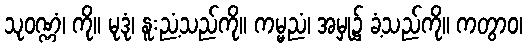
သုဝဏ္ဏံ၊ ကို။ မုဒုံ၊ နူးညံ့သည်ကို။ ကမ္မညံ၊ အမှု၌ ခံ့သည်ကို။ ကတွာဝ၊